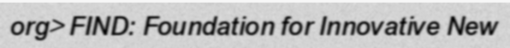
org> FIND: Foundation for Innovative New